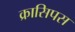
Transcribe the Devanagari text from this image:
क्रासिपस